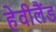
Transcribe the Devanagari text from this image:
हेवीलैंड